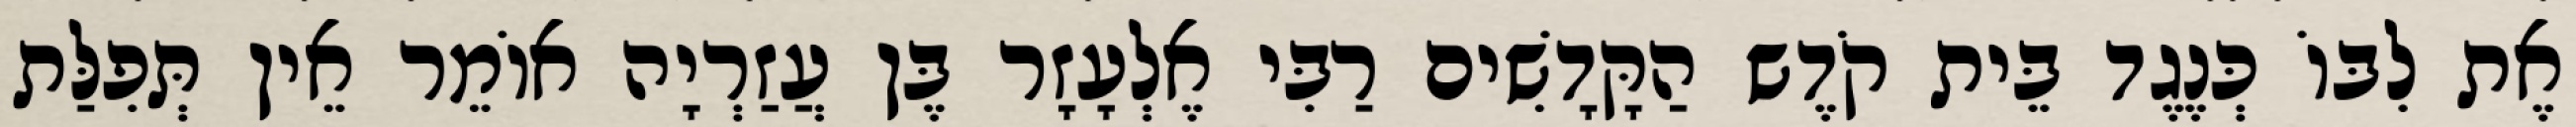
אֶת לִבּוֹ כְּנֶגֶד בֵּית קֹדֶש הַקָּדָשִׁים רַבִּי אֶלְעָזָר בֶּן עֲזַרְיָה אוֹמֵר אֵין תְּפִלַּת